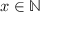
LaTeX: x \in \mathbb { N }